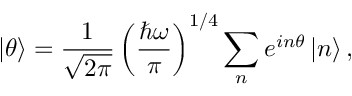
\left| \theta \right\rangle = \frac { 1 } { \sqrt { 2 \pi } } \left( \frac { \hbar \omega } { \pi } \right) ^ { 1 / 4 } \sum _ { n } e ^ { i n \theta } \left| n \right\rangle ,